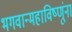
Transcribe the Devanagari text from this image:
भगवान्महाविष्णूंना